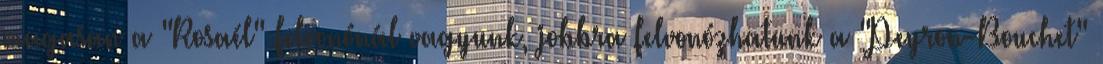
magasan a "Rosaél" felvonónál vagyunk, jobbra felvonózhatunk a "Peyron-Bouchet"